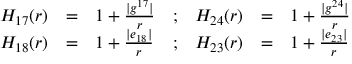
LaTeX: \begin{array} { r c l c r c l } { { H _ { 1 7 } ( r ) } } & { { = } } & { { 1 + \frac { \vert g ^ { 1 7 } \vert } { r } } } & { { ; } } & { { H _ { 2 4 } ( r ) } } & { { = } } & { { 1 + \frac { \vert g ^ { 2 4 } \vert } { r } } } \\ { { H _ { 1 8 } ( r ) } } & { { = } } & { { 1 + \frac { \vert e _ { 1 8 } \vert } { r } } } & { { ; } } & { { H _ { 2 3 } ( r ) } } & { { = } } & { { 1 + \frac { \vert e _ { 2 3 } \vert } { r } } } \end{array}